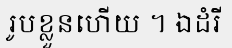
រូបខ្លួនហើយ ។ ឯដំរី